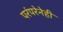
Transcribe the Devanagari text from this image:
परंपरेनेही